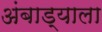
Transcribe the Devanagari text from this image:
अंबाड्याला